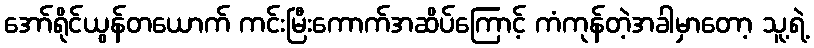
အော်ရိုင်ယွန်တယောက် ကင်းမြီးကောက်အဆိပ်ကြောင့် ကံကုန်တဲ့အခါမှာတော့ သူ့ရဲ့